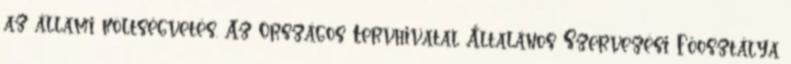
az állami költségvetés. Az Országos Tervhivatal Általános Szervezési Főosztálya